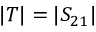
| T | = | S _ { 2 1 } |